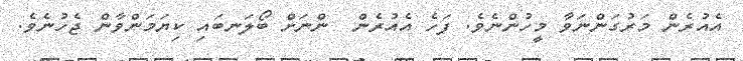
އެއުރެން މަރުގަންނަވާ މީހުންނެވެ. ފަހެ އެއުރެން  ންނަށް ބޯލަނބައި ކިޔަމަންވާން ޖެހުނެވެ.